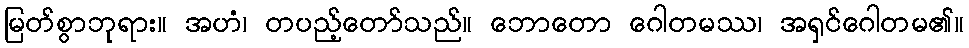
မြတ်စွာဘုရား။ အဟံ၊ တပည့်တော်သည်။ ဘောတော ဂေါတမဿ၊ အရှင်ဂေါတမ၏။